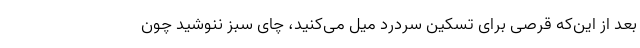
بعد از این‌که قرصی برای تسکین سردرد میل می‌کنید، چای سبز ننوشید چون